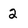
Character: 2